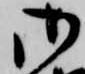
御